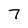
Character: 7